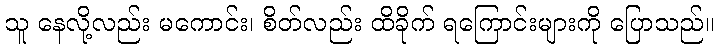
သူ နေလို့လည်း မကောင်း၊ စိတ်လည်း ထိခိုက် ရကြောင်းများကို ပြောသည်။